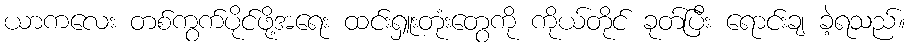
ယာကလေး တစ်ကွက်ပိုင်ဖို့အရေး ထင်းရှူးတုံးတွေကို ကိုယ်တိုင် ခုတ်ပြီး ရောင်းချ ခဲ့ရသည်။